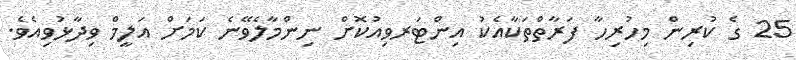
25 ގެ ކުރިން މިހުރިހާ ފަރާތްތަކާއެކު އިންޓަރވިއުކޮށް ނިންމާލެވޭނެ ކަމަށް އަލީމް ވިދާޅުވިއެވެ.